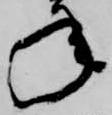
年